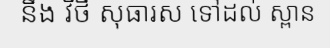
នឹង វិថី សុធារស ទៅដល់ ស្ពាន